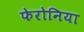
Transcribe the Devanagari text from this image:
फेरोनिया